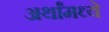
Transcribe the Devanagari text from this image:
अर्थांमध्ये